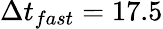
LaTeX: \Delta t_{fast}=17.5